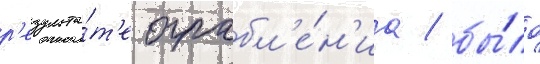
р'езульта́т'е ограбл'е́н'иа / бы́ло